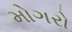
મોગરો